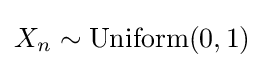
X_{n}\sim {\rm {Uniform}}(0,1)